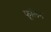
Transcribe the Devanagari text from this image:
फूलिन